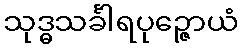
သုဒ္ဓသင်္ခါရပုဉ္ဇောယံ